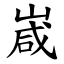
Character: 嵅